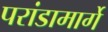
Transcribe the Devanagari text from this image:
परांडामार्गे